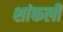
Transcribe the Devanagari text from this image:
शांकली